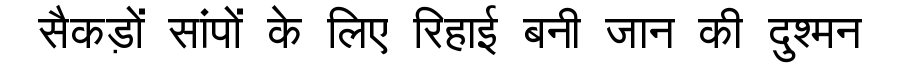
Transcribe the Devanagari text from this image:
सैकड़ों सांपों के लिए रिहाई बनी जान की दुश्मन